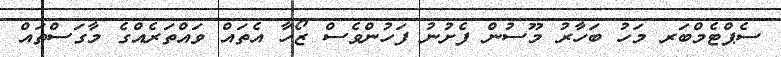
ސެޕްޓެމްބަރ މަހު ބަހާރު މޫސުން ފެށުނު ފަހުންވެސް ޒޯހާ އެތައް ވައްތަރެއްގެ މާގަސްތައް